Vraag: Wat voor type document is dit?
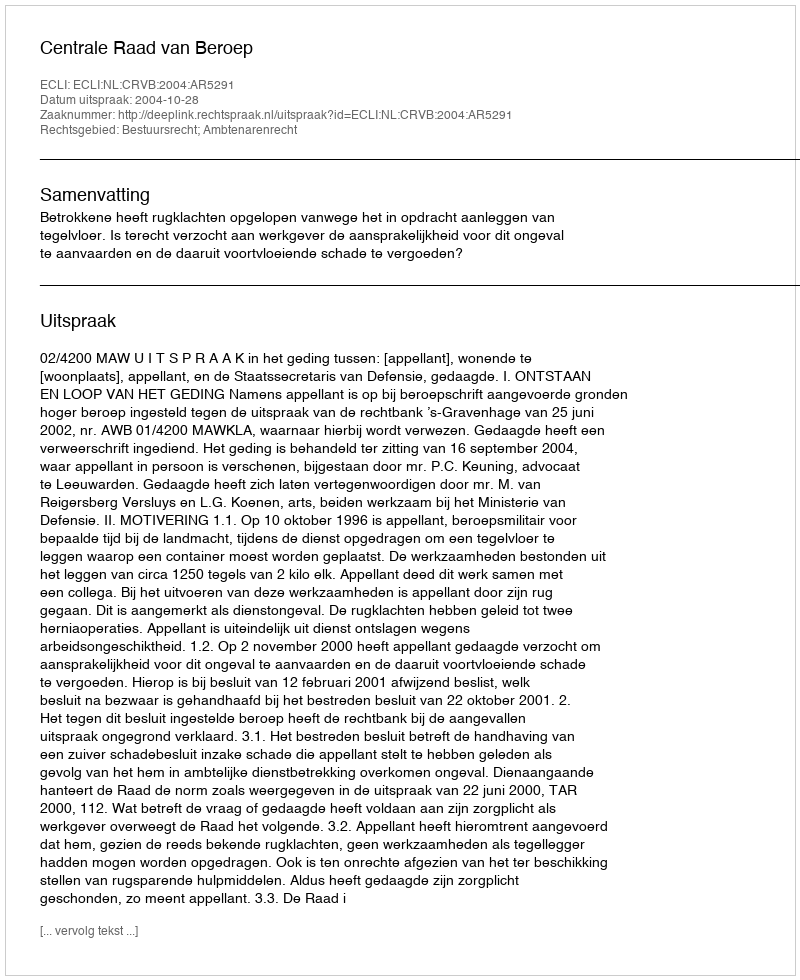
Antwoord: Uitspraak